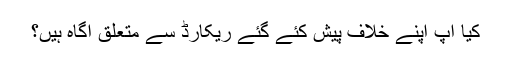
کیا آپ اپنے خلاف پیش کئے گئے ریکارڈ سے متعلق آگاہ ہیں؟